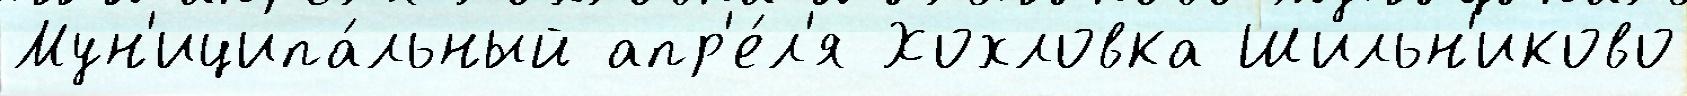
Мун'иципа́льный апр'е́л'я Хохловка Шильн'иково